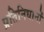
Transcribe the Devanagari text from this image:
प्रतिनिधानों